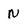
Character: N